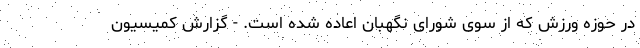
در حوزه ورزش که از سوی شورای نگهبان اعاده شده است. - گزارش کمیسیون